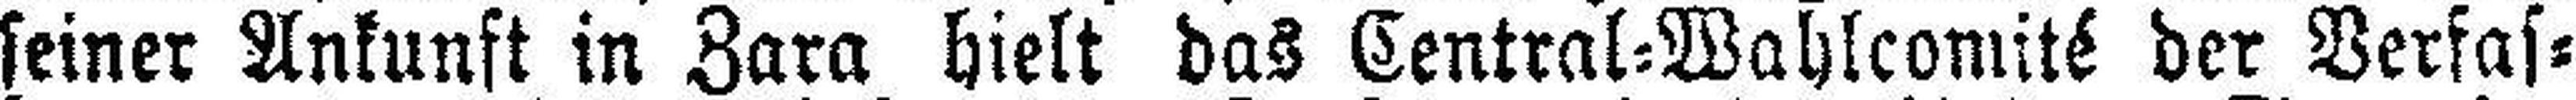
seiner Ankunft in Zara hielt das Central=Wahlcomité der Verfas¬